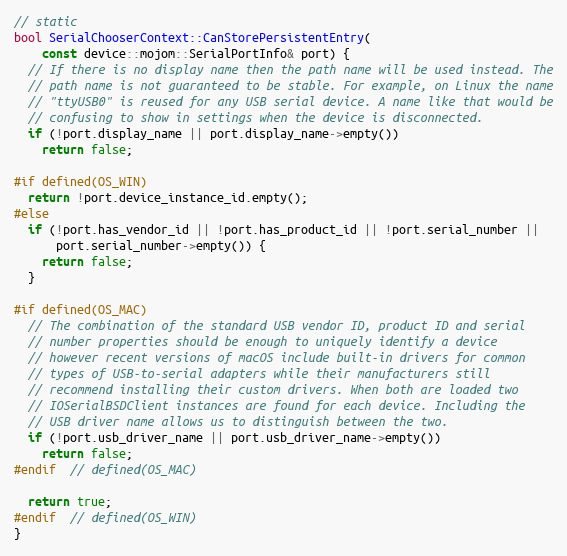
Language: C++
// static
bool SerialChooserContext::CanStorePersistentEntry(
    const device::mojom::SerialPortInfo& port) {
  // If there is no display name then the path name will be used instead. The
  // path name is not guaranteed to be stable. For example, on Linux the name
  // "ttyUSB0" is reused for any USB serial device. A name like that would be
  // confusing to show in settings when the device is disconnected.
  if (!port.display_name || port.display_name->empty())
    return false;

#if defined(OS_WIN)
  return !port.device_instance_id.empty();
#else
  if (!port.has_vendor_id || !port.has_product_id || !port.serial_number ||
      port.serial_number->empty()) {
    return false;
  }

#if defined(OS_MAC)
  // The combination of the standard USB vendor ID, product ID and serial
  // number properties should be enough to uniquely identify a device
  // however recent versions of macOS include built-in drivers for common
  // types of USB-to-serial adapters while their manufacturers still
  // recommend installing their custom drivers. When both are loaded two
  // IOSerialBSDClient instances are found for each device. Including the
  // USB driver name allows us to distinguish between the two.
  if (!port.usb_driver_name || port.usb_driver_name->empty())
    return false;
#endif  // defined(OS_MAC)

  return true;
#endif  // defined(OS_WIN)
}